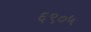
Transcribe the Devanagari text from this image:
६९०५